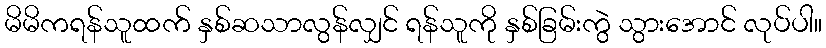
မိမိကရန်သူထက် နှစ်ဆသာလွန်လျှင် ရန်သူကို နှစ်ခြမ်းကွဲ သွားအောင် လုပ်ပါ။